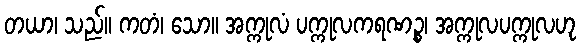
တယာ၊ သည်။ ကတံ၊ သော။ အက္ကုလံ ပက္ကုလကရဏဉ္စ၊ အက္ကုလပက္ကုလဟု